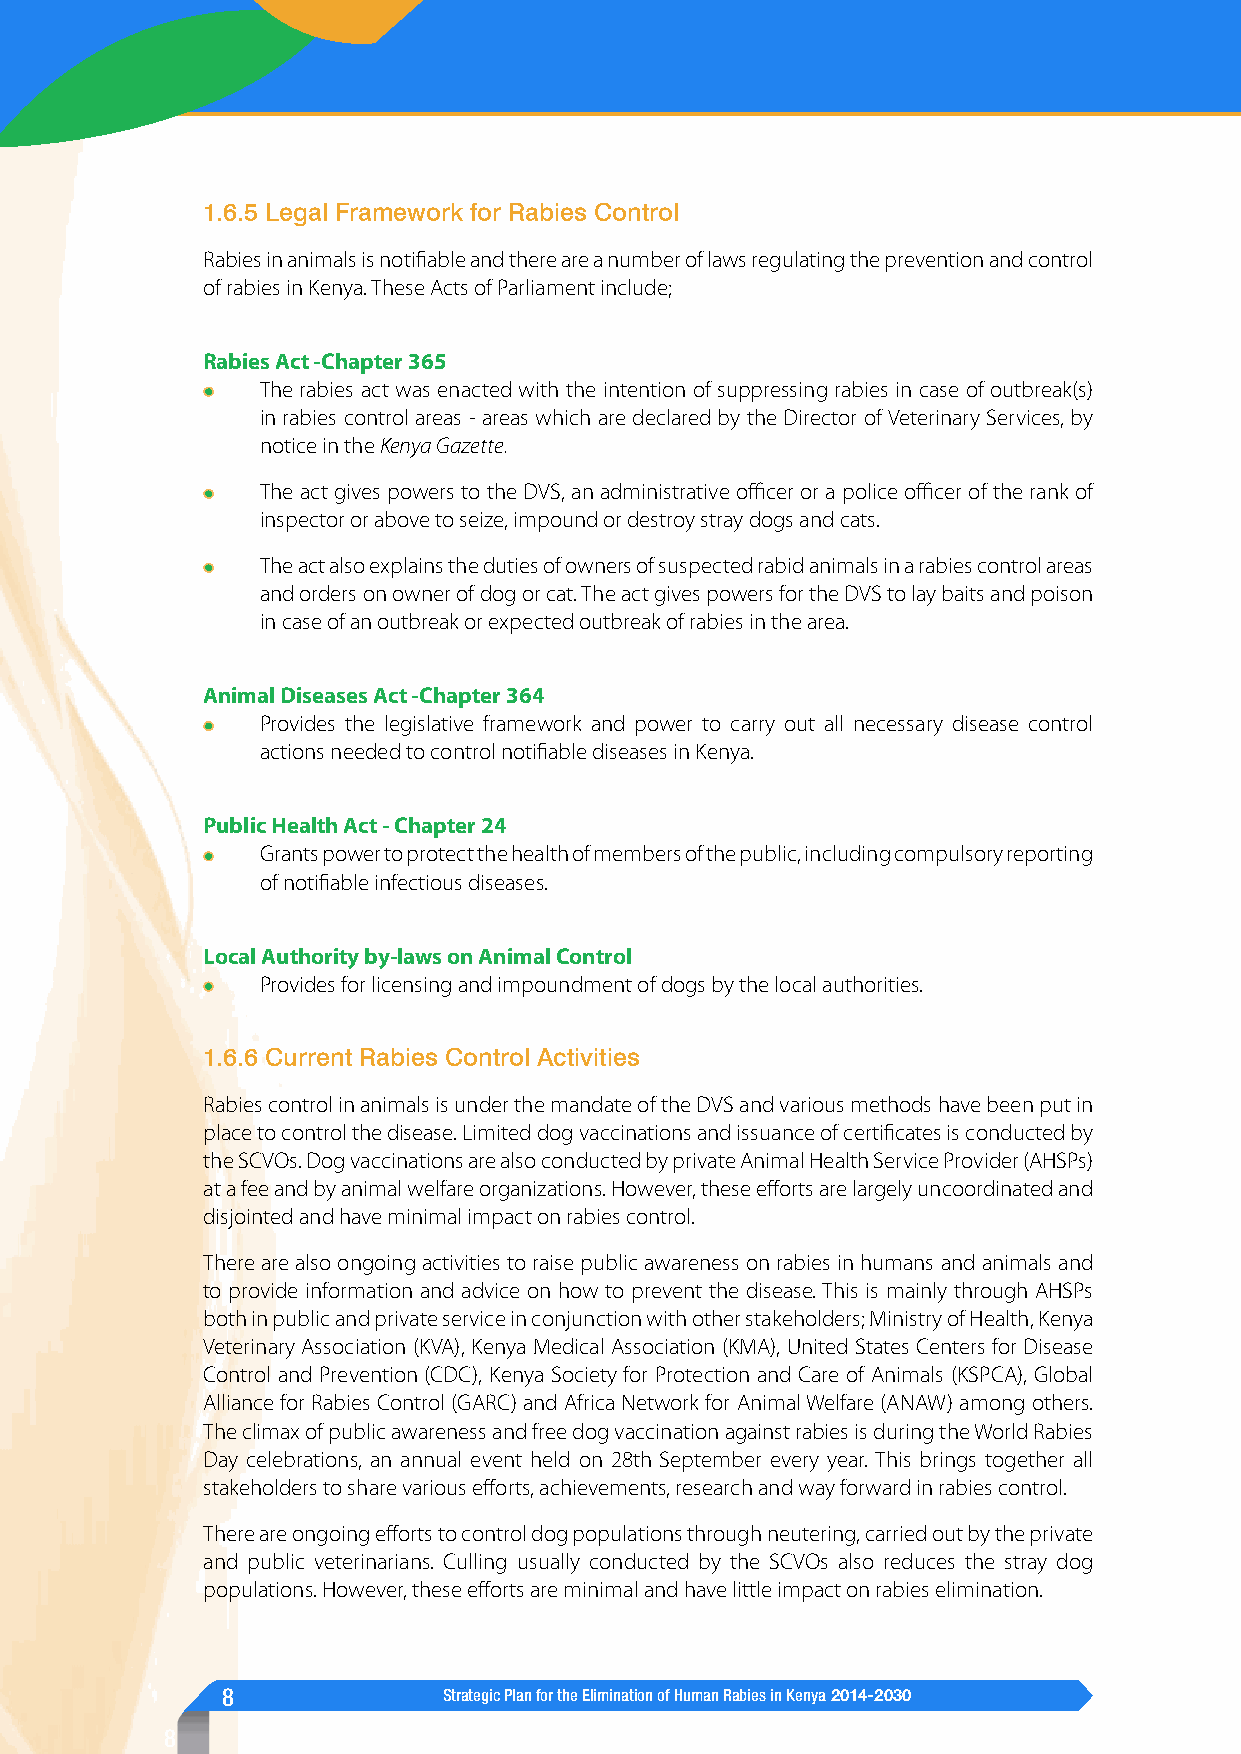
1.6.5 Legal Framework for Rabies Control
 Rabies in animals is notifiable and there are a number of laws regulating the prevention and control
 of rabies in Kenya. These Acts of Parliament include;
 Rabies Act -Chapter 365
 The rabies act was enacted with the intention of suppressing rabies in case of outbreak(s)
 in rabies control areas - areas which are declared by the Director of Veterinary Services, by
 notice in the Kenya Gazette.
 The act gives powers to the DVS, an administrative officer or a police officer of the rank of
 inspector or above to seize, impound or destroy stray dogs and cats.
 The act also explains the duties of owners of suspected rabid animals in a rabies control areas
 and orders on owner of dog or cat. The act gives powers for the DVS to lay baits and poison
 in case of an outbreak or expected outbreak of rabies in the area.
 Animal Diseases Act -Chapter 364
 Provides the legislative framework and power to carry out all necessary disease control
 actions needed to control notifiable diseases in Kenya.
 Public Health Act - Chapter 24
 Grants power to protect the health of members of the public, including compulsory reporting
 of notifiable infectious diseases.
 Local Authority by-laws on Animal Control
 Provides for licensing and impoundment of dogs by the local authorities.
 1.6.6 Current Rabies Control Activities
 Rabies control in animals is under the mandate of the DVS and various methods have been put in
 place to control the disease. Limited dog vaccinations and issuance of certificates is conducted by
 the SCVOs. Dog vaccinations are also conducted by private Animal Health Service Provider (AHSPs)
 at a fee and by animal welfare organizations. However, these efforts are largely uncoordinated and
 disjointed and have minimal impact on rabies control.
 There are also ongoing activities to raise public awareness on rabies in humans and animals and
 to provide information and advice on how to prevent the disease. This is mainly through AHSPs
 both in public and private service in conjunction with other stakeholders; Ministry of Health, Kenya
 Veterinary Association (KVA), Kenya Medical Association (KMA), United States Centers for Disease
 Control and Prevention (CDC), Kenya Society for Protection and Care of Animals (KSPCA), Global
 Alliance for Rabies Control (GARC) and Africa Network for Animal Welfare (ANAW) among others.
 The climax of public awareness and free dog vaccination against rabies is during the World Rabies
 Day celebrations, an annual event held on 28th September every year. This brings together all
 stakeholders to share various efforts, achievements, research and way forward in rabies control.
 There are ongoing efforts to control dog populations through neutering, carried out by the private
 and public veterinarians. Culling usually conducted by the SCVOs also reduces the stray dog
 populations. However, these efforts are minimal and have little impact on rabies elimination.
 8             Strategic Plan for the Elimination of Human Rabies in Kenya 2014-2030
 8